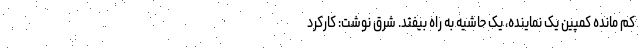
کم مانده کمپین یک نماینده، یک حاشیه به راه بیفتد. شرق نوشت: کارکرد